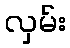
လှမ်း